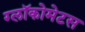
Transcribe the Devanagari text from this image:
ग्लॉकोमेटस